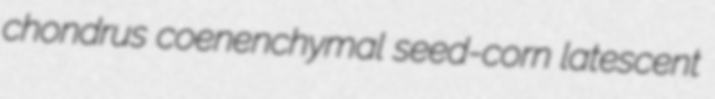
chondrus coenenchymal seed-corn latescent